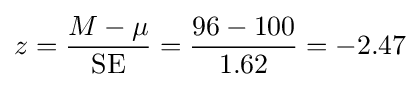
z={\frac {M-\mu }{\mathrm {SE} }}={\frac {96-100}{1.62}}=-2.47